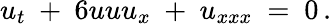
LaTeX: u_{t}\ +\ 6uuu_{x}\ +\ u_{xxx}\ =\ 0\, .